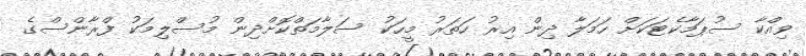
ވިއްކާ ސުޕަމާކެޓަކަށް ހަމަލާ ދިން އިރު ހަތަރު މީހަކު ސަލާމަތްކޮށްދިން މުސްލިމަކު ފްރާންސްގެ